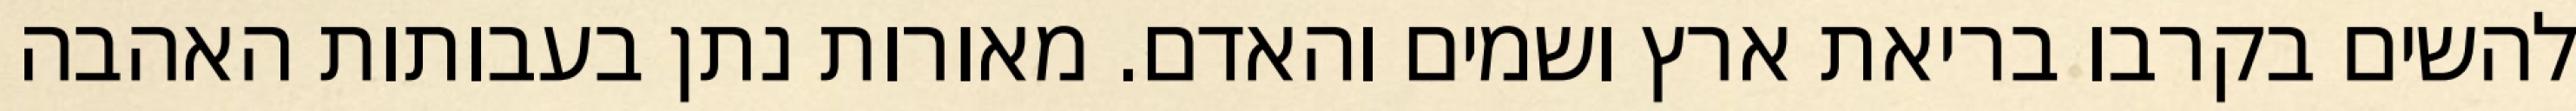
להשים בקרבו בריאת ארץ ושמים והאדם. מאורות נתן בעבותות האהבה